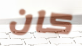
كان